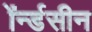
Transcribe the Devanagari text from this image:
ॲर्न्डसीन